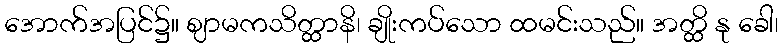
အောက်အပြင်၌။ ဈာမကသိတ္ထာနိ၊ ချိုးကပ်သော ထမင်းသည်။ အတ္ထိ နု ခေါ၊